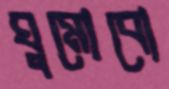
ঘুমোবো